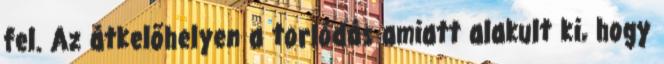
fel. Az átkelőhelyen a torlódás amiatt alakult ki, hogy